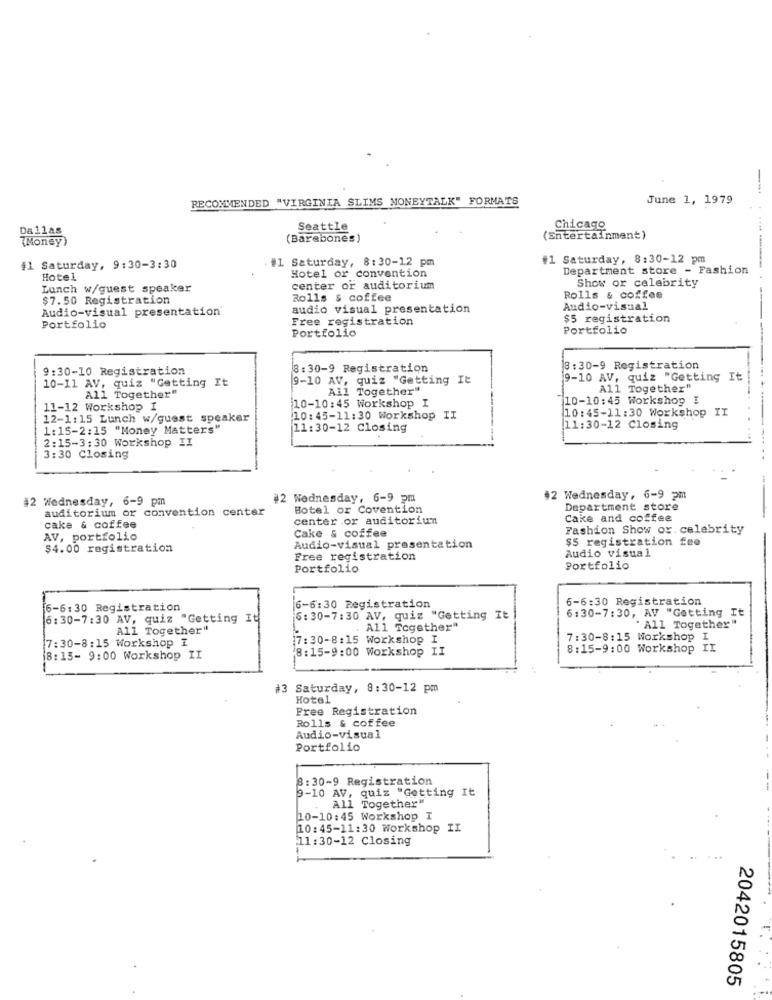
RECOMMENDED "VIRGINIA SLIMS MONEYTALK" FORMATS
June 1, 1979
Dallas
Seattle
Chicago
(Money)
(Barebones)
(Entertainment)
#1 Saturday, 8:30-12 pm
#1 Saturday, 8:30-12 pm
41 Saturday, 9:30-3:30
Hotel or convention
Department store - Fashion
Hotel
Show or celebrity
Lunch w/guest speaker
center or auditorium
$7.50 Registration
Rolls s coffee
Rolls & coffee
Audio-visual presentation
audio visual presentation
Audio-visual
Free registration
$5 registration
Portfolio
Portfolio
Portfolio
9:30-10 Registration
8:30-9 Registration
8:30-9 Registration
10-11 AV, quiz "Getting It
9-10 AV, quiz "Getting It
9-10 AV, quiz "Getting It
All Together"
Ail Together"
All Together"
710-10:45 Workshop I
11-12 Workshop I
10-10:45 Workshop I
10:45-11:30 Workshop I
12-1:15 Lunch w/guest speaker
10:45-11:30 Workshop II
1:15-2:15 "Money Matters"
11:30-12 Closing
11:30-12 Closing
2:15-3:30 Workshop II
3:30 Closing
#2 Wednesday, 6-9 pm
#2 Wednesday, 6-9 pm
$2 Wednesday, 6-9 pm
auditorium or convention center
Hotel or Covention
Department store
cake & coffee
center or auditoriun
Cake and coffee
Cake & coffee
Fashion Show or. celebrity
AV, portfolio
$5 registration fee
$4.00 registration
Audio-visual presentation
Audio visual
Free registration
Portfolio
Portfolio
6-6:30 Registration
6-6:30 Registration
6-6:30 Registration
6:30-7:30, AV "Getting It
6:30-7:30 AV, quiz "Getting It
6:30-7:30 AV, quiz "Getting It !
All Together"
All Together"
""All Together"
17: 30-8:15 Workshop I
7:30-8:15 Workshop I
7:30-8:15 Workshop I
8:15-9:00 Workshop II
8:15-9:00 Workshop II
8:15- 9:00 Workshop II
#3 Saturday, 8:30-12 pm
Hotel
Free Registration
Rolls & coffee
Audio-visual
Portfolio
8: 30-9 Registration
9-10 AV, quiz "Getting It
All Together"
10-10:45 Workshop I
10:45-11:30 Workshop II
11:30-12 Closing
2042015805